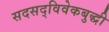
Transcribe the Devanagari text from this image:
सदसद्‌विवेकबुद्धी